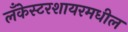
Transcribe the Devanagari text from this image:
लँकेस्टरशायरमधील